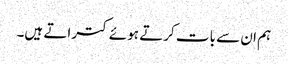
ہم ان سے بات کرتے ہوئے کتراتے ہیں۔